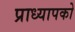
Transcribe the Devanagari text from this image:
प्राध्यापको